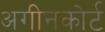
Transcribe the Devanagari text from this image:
अगीनकोर्ट